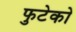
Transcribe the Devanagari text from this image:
फुटेको